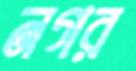
নগর